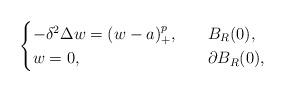
LaTeX: \begin{align*}\begin{cases}-\delta^2\Delta w=(w-a)^{p}_+,\ \ &\ B_R(0),\\w=0,\ \ &\ \partial B_R(0),\end{cases}\end{align*}